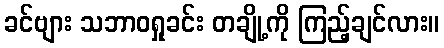
ခင်ဗျား သဘာဝရှုခင်း တချို့ကို ကြည့်ချင်လား။